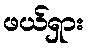
ဖယ်ရှား